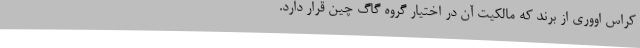
کراس اووری از برند که مالکیت آن در اختیار گروه گاگ چین قرار دارد.